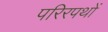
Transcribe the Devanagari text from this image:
परिरपथों